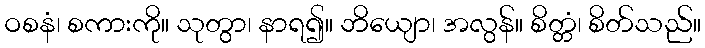
ဝစနံ၊ စကားကို။ သုတွာ၊ နာရ၍။ ဘိယျော၊ အလွန်။ စိတ္တံ၊ စိတ်သည်။